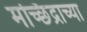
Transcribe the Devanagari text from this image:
मच्छिंद्राच्या